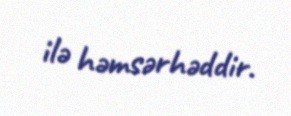
ilə həmsərhəddir.